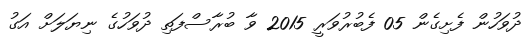
ދުވަހުން ފެށިގެން 05 ފެބުރުވަރީ 2015 ވާ ބުރާސްފަތި ދުވަހުގެ ނިޔަލަށް އަގު